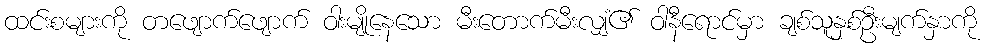
ထင်းစများကို တဖျောက်ဖျောက် ဝါးမျိုနေသော မီးတောက်မီးလျှံ၏ ဝါနီရောင်မှာ ချစ်သူနှစ်ဦးမျက်နှာကို